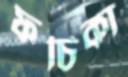
ফচিকা